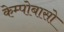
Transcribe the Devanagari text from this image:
केम्पोबासो